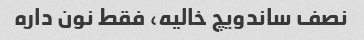
نصف ساندویچ خالیه، فقط نون داره